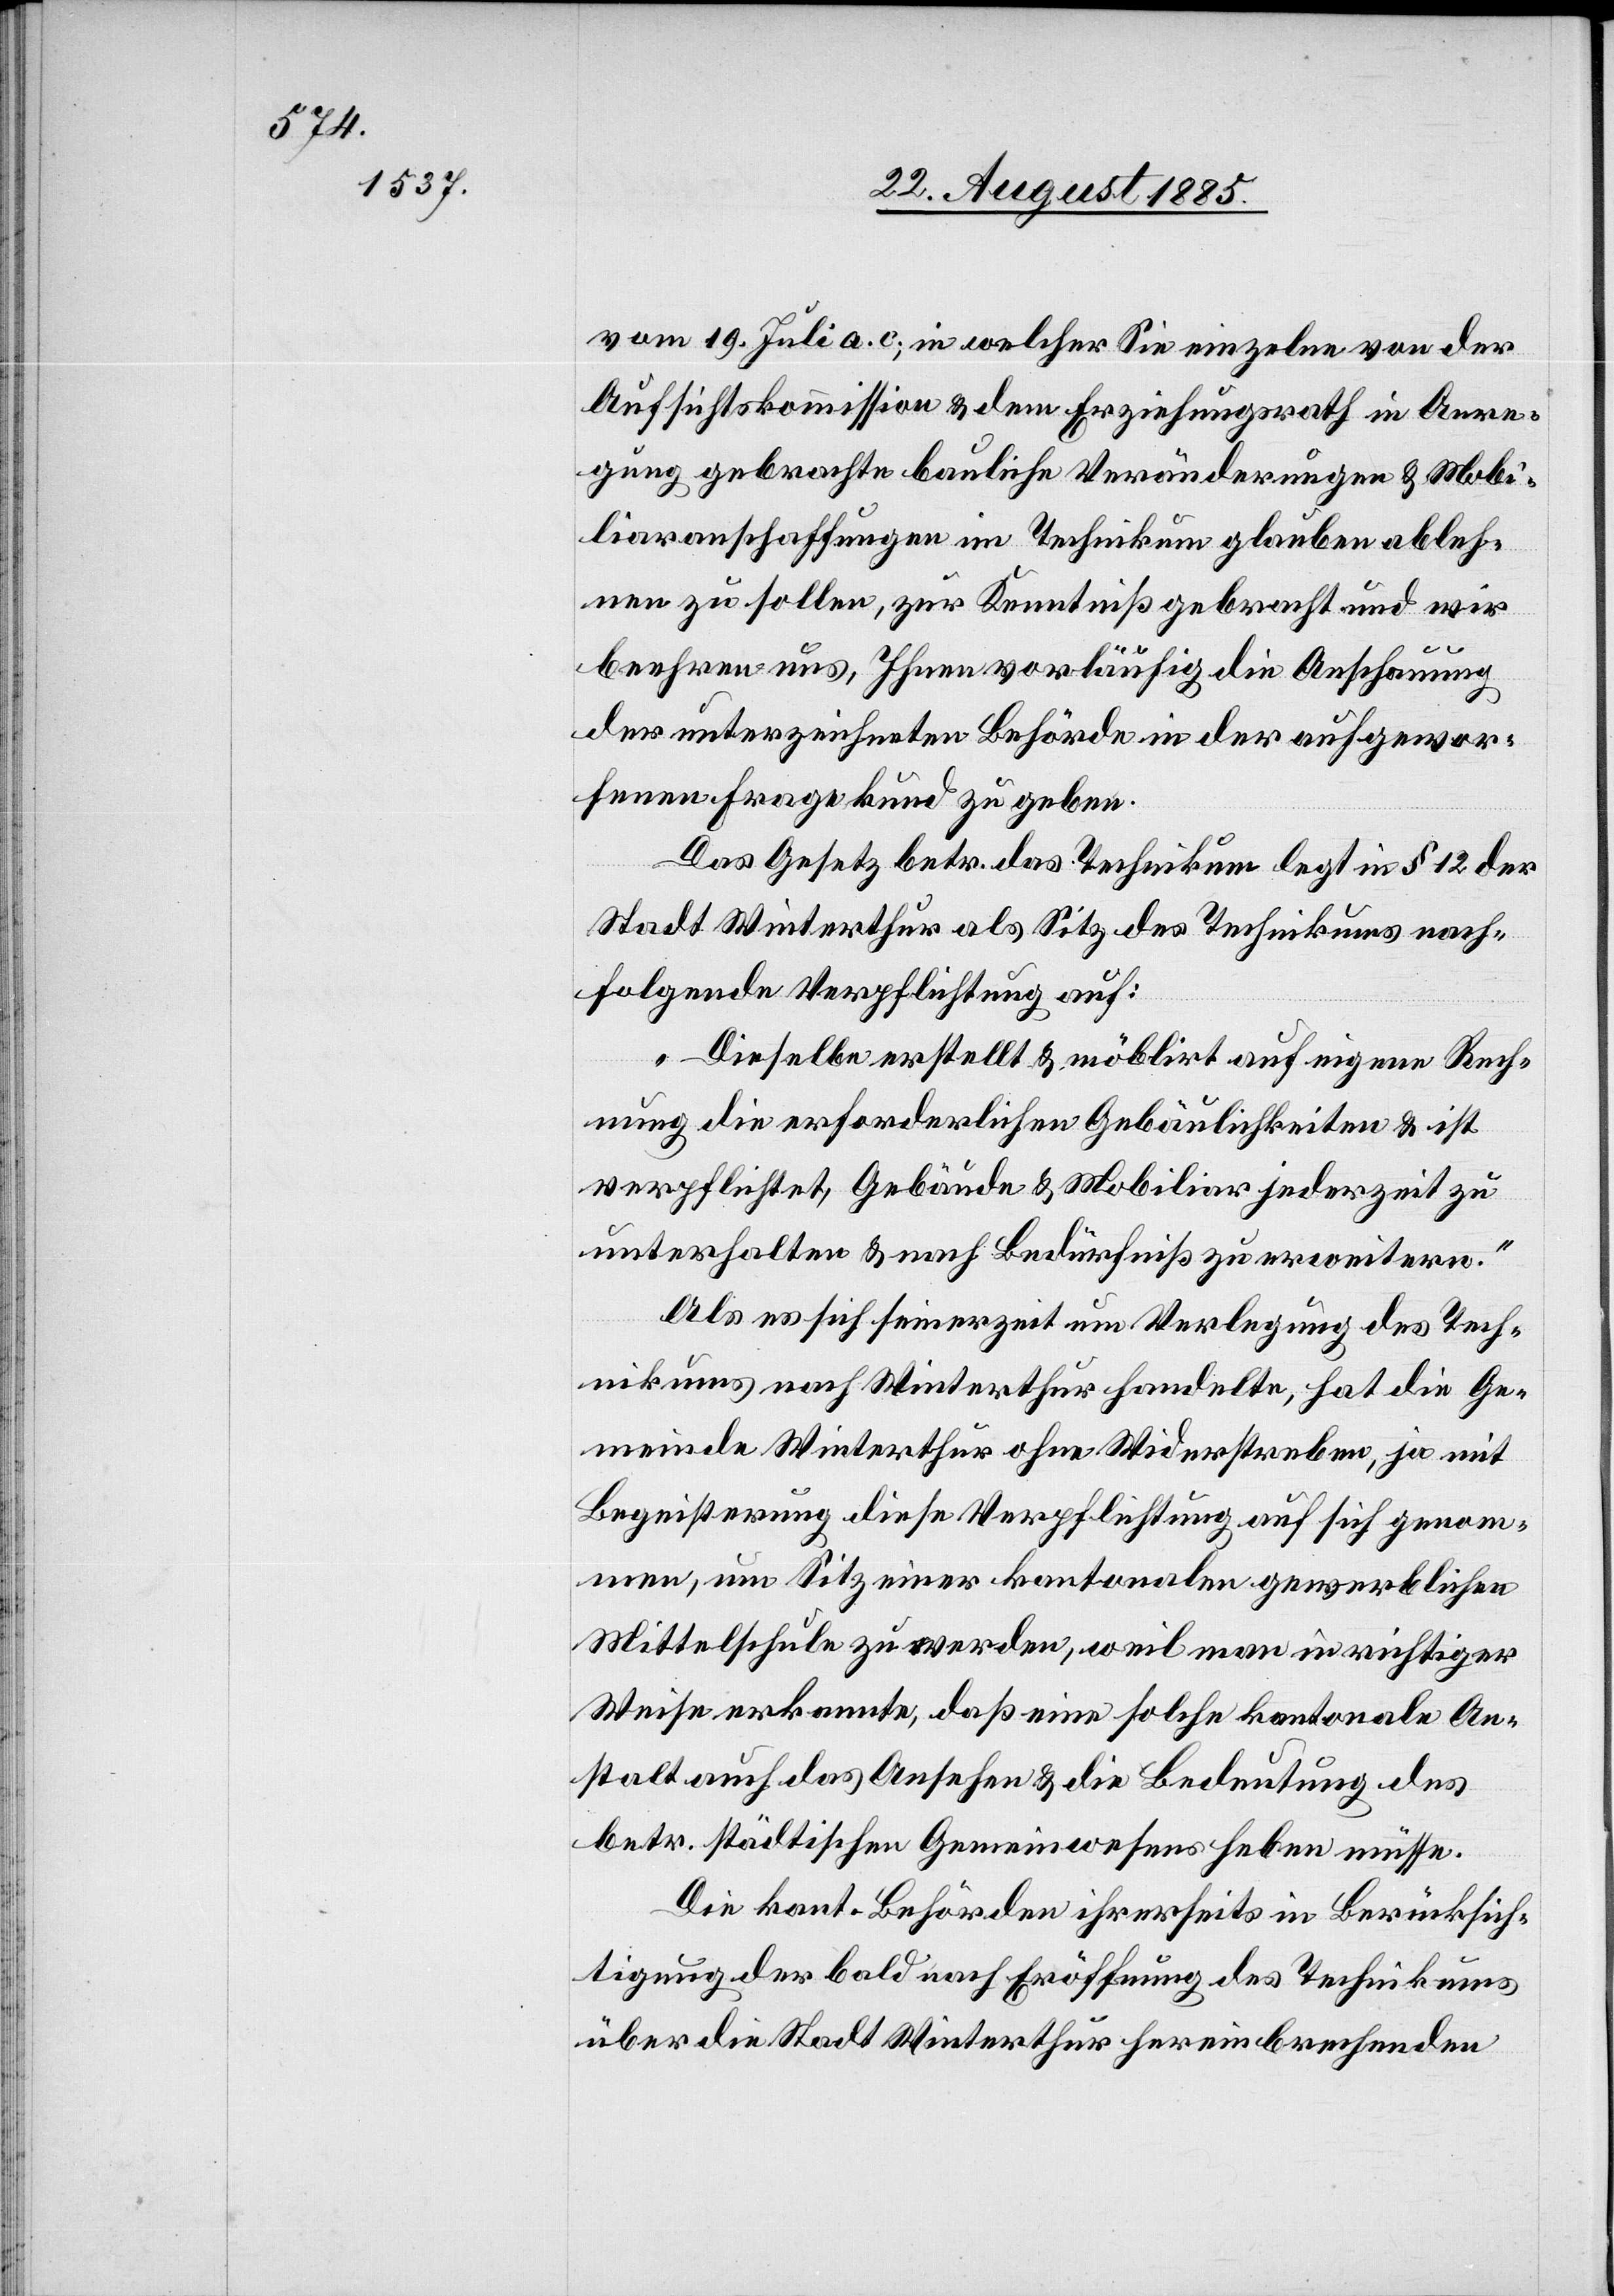
vom 19. Juli a. c., in welcher Sie einzelne von der
Aufsichtskommission & dem Erziehungsrath in Anre¬
gung gebrachte bauliche Veränderungen & Mobi¬
liaranschaffungen im Technikum glauben ableh¬
nen zu sollen, zur Kenntniß gebracht und wir
beehren uns, Ihnen vorläufig die Anschauung
der unterzeichneten Behörde in der aufgewor¬
fenen Frage kund zu geben.
Das Gesetz betr. das Technikum legt in § 12 der
Stadt Winterthur als Sitz des Technikums nach¬
folgende Verpflichtung auf:
„Dieselbe erstellt & möblirt auf eigene Rech¬
nung die erforderlichen Gebäulichkeiten & ist
verpflichtet, Gebäude & Mobiliar jederzeit zu
unterhalten & nach Bedürfniß zu erweitern.“
Als es sich seinerzeit um Verlegung des Tech¬
nikums nach Winterthur handelte, hat die Ge¬
meinde Winterthur ohne Widerstreben, ja mit
Begeisterung diese Verpflichtung auf sich genom¬
men, um Sitz einer kantonalen gewerblichen
Mittelschule zu werden, weil man in richtiger
Weise erkannte, daß eine solche kantonale An¬
stalt auch das Ansehen & die Bedeutung des
betr. städtischen Gemeinwesens heben müsse.
Die kant. Behörden ihrerseits in Berücksich¬
tigung der bald nach Eröffnung des Technikums
über die Stadt Winterthur hereinbrechenden